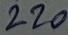
Text: 220